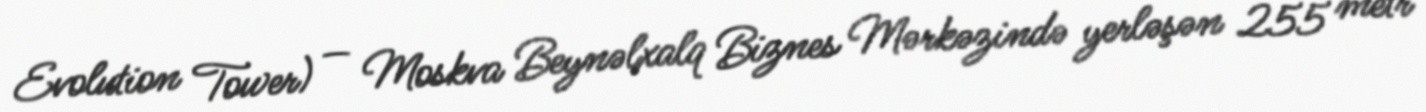
Evolution Tower) — Moskva Beynəlxalq Biznes Mərkəzində yerləşən 255 metr